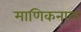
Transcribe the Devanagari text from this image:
माणिकनाळ